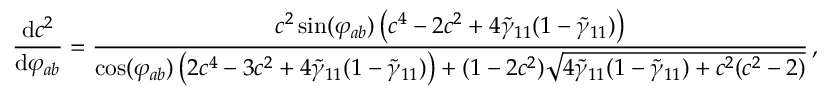
\frac { \mathrm { d } c ^ { 2 } } { \mathrm { d } \varphi _ { a b } } = \frac { c ^ { 2 } \sin ( \varphi _ { a b } ) \left( c ^ { 4 } - 2 c ^ { 2 } + 4 \tilde { \gamma } _ { 1 1 } ( 1 - \tilde { \gamma } _ { 1 1 } ) \right) } { \cos ( \varphi _ { a b } ) \left( 2 c ^ { 4 } - 3 c ^ { 2 } + 4 \tilde { \gamma } _ { 1 1 } ( 1 - \tilde { \gamma } _ { 1 1 } ) \right) + ( 1 - 2 c ^ { 2 } ) \sqrt { 4 \tilde { \gamma } _ { 1 1 } ( 1 - \tilde { \gamma } _ { 1 1 } ) + c ^ { 2 } ( c ^ { 2 } - 2 ) } } \, ,